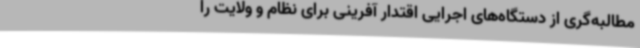
مطالبه‌گری از دستگاه‌های اجرایی اقتدار آفرینی برای نظام و ولایت را